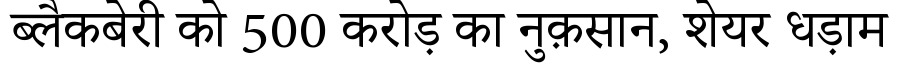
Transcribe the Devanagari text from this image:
ब्लैकबेरी को 500 करोड़ का नुक़सान, शेयर धड़ाम